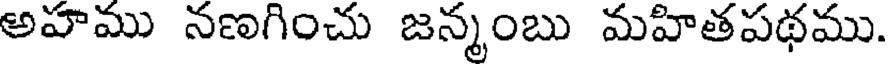
అహము నణగించు జన్మంబు మహితపథము.